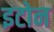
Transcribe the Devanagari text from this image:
इटोन